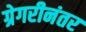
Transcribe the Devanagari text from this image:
ग्रेगरीनंतर